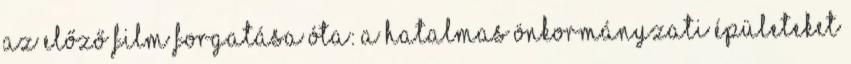
az előző film forgatása óta: a hatalmas önkormányzati épületeket